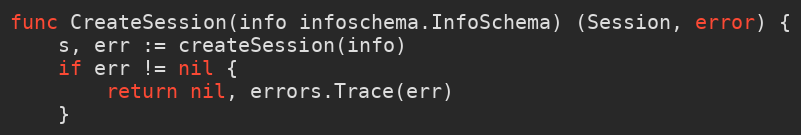
Language: Go
func CreateSession(info infoschema.InfoSchema) (Session, error) {
	s, err := createSession(info)
	if err != nil {
		return nil, errors.Trace(err)
	}